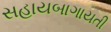
સહાયબાગાયતી